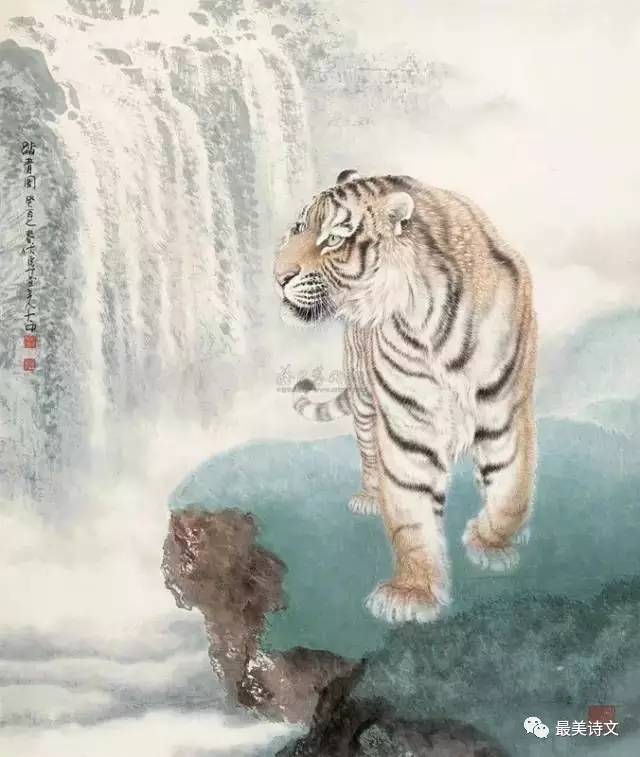
佳节清明桃李笑，野田荒冢只生愁。